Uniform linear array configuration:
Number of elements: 32
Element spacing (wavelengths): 0.75
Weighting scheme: blackman
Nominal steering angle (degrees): -45
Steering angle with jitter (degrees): -45.806
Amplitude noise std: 0.05
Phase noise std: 0.05

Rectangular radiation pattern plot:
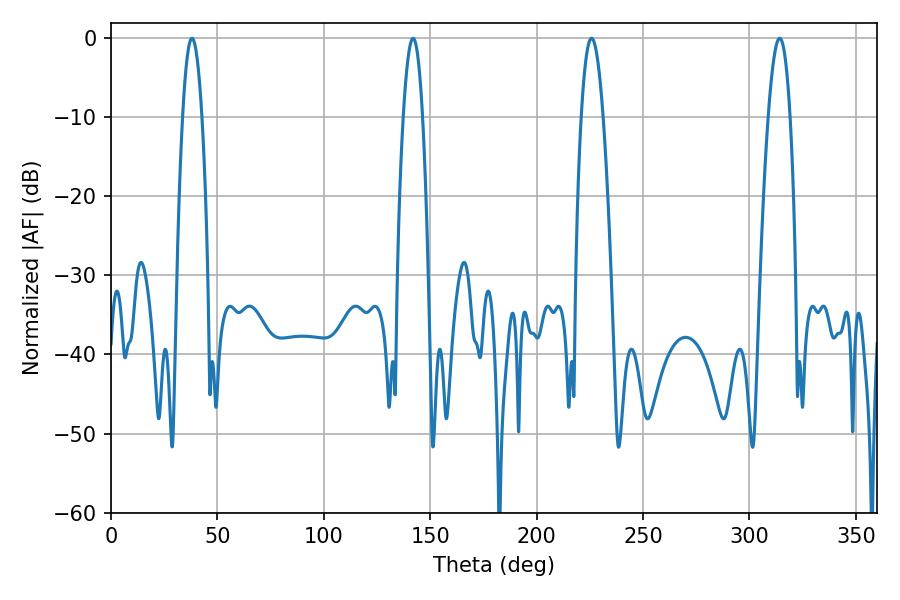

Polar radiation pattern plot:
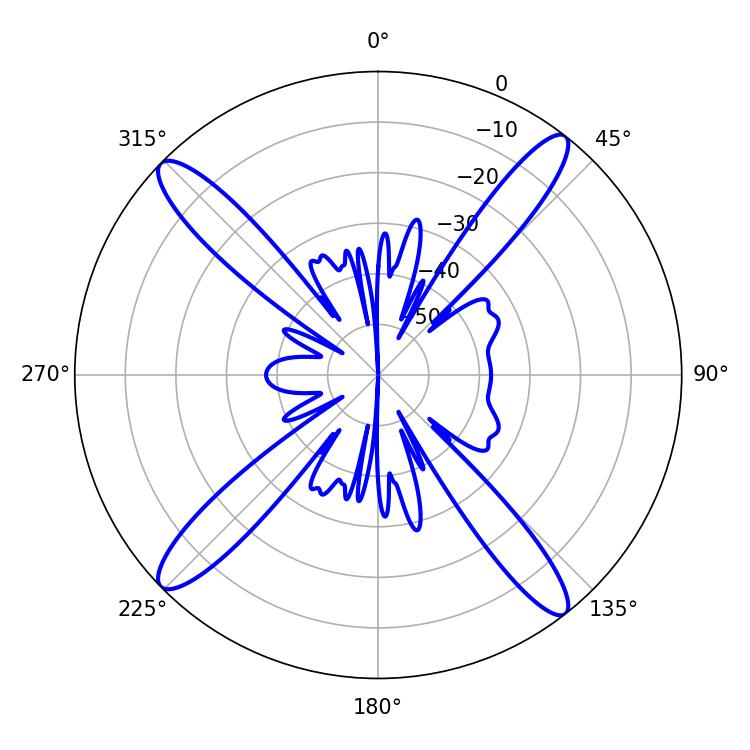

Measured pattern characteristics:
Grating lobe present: TRUE
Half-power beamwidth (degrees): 5.76
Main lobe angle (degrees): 225.72